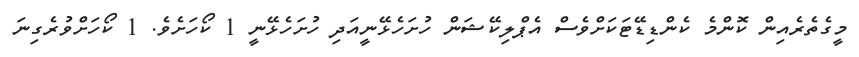
މީގެތެރެއިން ކޮންމެ ކެންޑިޑޭޓަކަށްވެސް އެޕްލިކޭޝަން ހުށަހެޅޭނީއަދި ހުށަހެޅޭނީ 1 ކޯހަށެވެ. 1 ކޯހަށްވުރެގިނަ